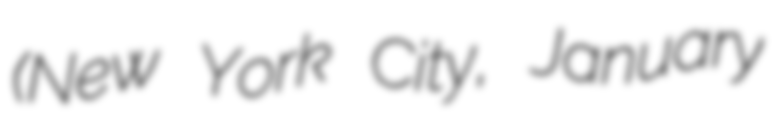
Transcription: (New York City, January